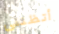
أتظنني